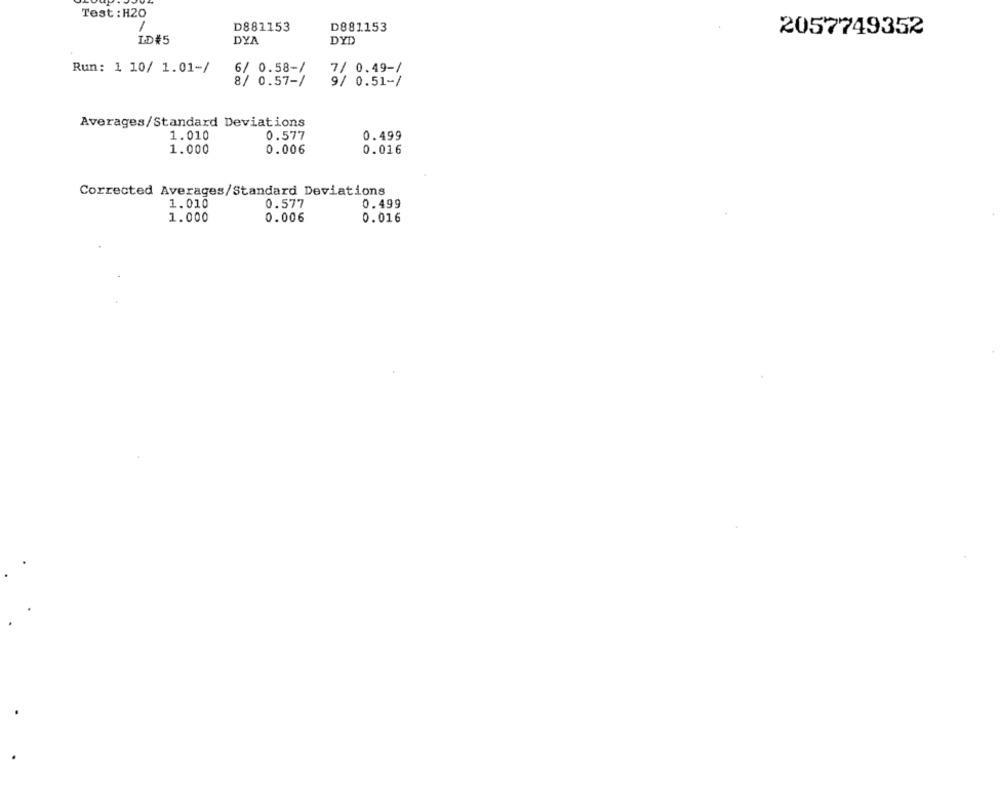
Test : H20
D881153
D881153
2057749352
ID#5
DYA
DYD
Run: 1 10/ 1.01-/
6/ 0.58-/
7/ 0.49-/
8/ 0.57-/
9/ 0.51-/
Averages/Standard Deviations
1.010
0.577
0.499
1.000
0.006
0.016
Corrected Averages/Standard Deviations
1.010
0.577
0.499
1.000
0.006
0.016